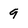
Character: 9